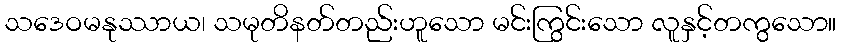
သဒေဝမနုဿာယ၊ သမုတိနတ်တည်းဟူသော မင်းကြွင်းသော လူနှင့်တကွသော။